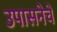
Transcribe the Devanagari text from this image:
उपासनेचे